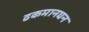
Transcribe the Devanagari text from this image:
ढकमानघन